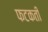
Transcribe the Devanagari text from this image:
फटकती